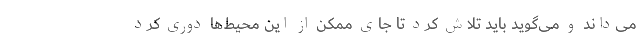
می‌داند و می‌گوید باید تلاش کرد تا جای ممکن از این محیط‌ها دوری کرد